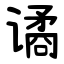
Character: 谲